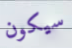
سيكون